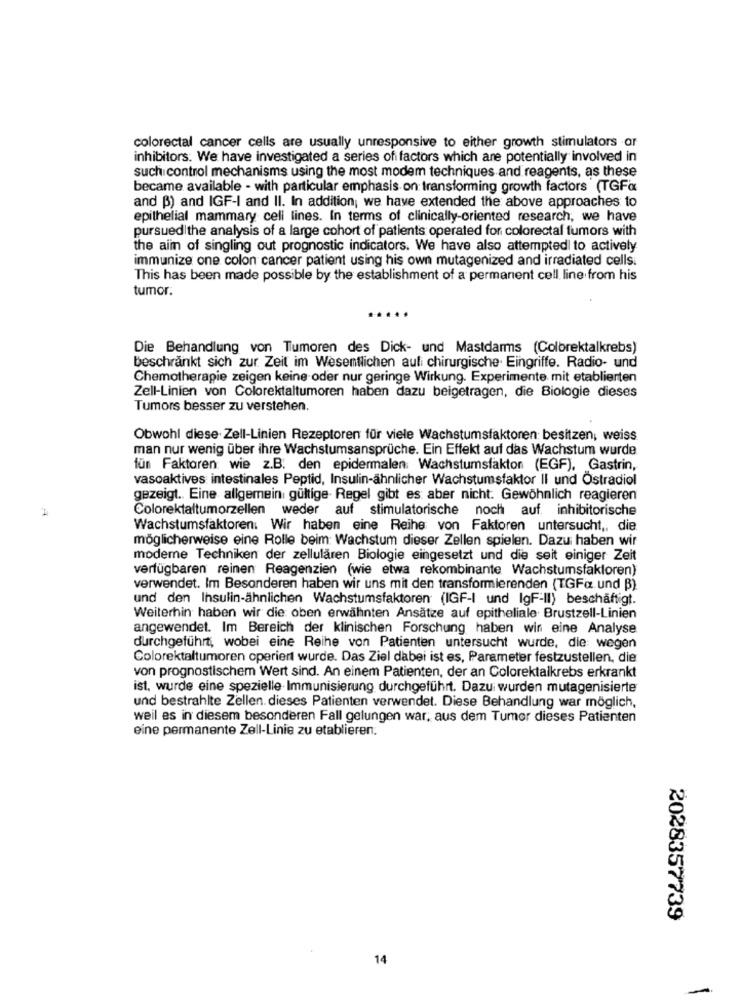
colorectal cancer cells are usually unresponsive to either growth stimulators or
inhibitors: We have investigated a series of factors which are potentially involved in
such control mechanisms using the most modem techniques and reagents, as these
became available - with particular emphasis on transforming growth factors (TGFa
and B) and IGF-I and II. In addition, we have extended the above approaches to
epithelial mammary cell lines. In terms of clinically-oriented research, we have
pursuedithe analysis of a large cohort of patients operated for colorectal tumors with
the aim of singling out prognostic indicators. We have also attempted to actively
immunize one colon cancer patient using his own mutagenized and irradiated cells:
This has been made possible by the establishment of a permanent cell line from his
tumor.
Die Behandlung von Tumoren des Dick- und Mastdarms (Colbrektalkrebs)
beschränkt sich zur Zeit im Wesentlichen auf: chirurgische. Eingriffe. Radio- und
Chemotherapie zeigen keine oder nur geringe Wirkung. Experimente mit etablierten
Zell-Linien von Colorektaltumoren haben dazu beigetragen, die Biologie dieses
Tumors besser zu verstehen.
Obwohl diese Zell-Linien Rezeptoren für viele Wachstumsfaktoren: besitzen, weiss
man nur wenig über ihre Wachstumsansprüche. Ein Effekt auf das Wachstum wurde
fun Faktoren wie z.B. den epidermalen: Wachstumsfaktor (EGF), Gastrin,
vasoaktives intestinales Peptid, Insulin-ähnlicher Wachstumsfaktor Il und Ostradiol
gezeigt .. Eine allgemein gültige- Regel gibt es aber nicht. Gewöhnlich reagieren
2
Colorektaltumorzellen weder auf stimulatorische noch auf inhibitorische
Wachstumsfaktoren. Wir haben eine Reihe von Faktoren untersucht ,, die
möglicherweise eine Rolle beim: Wachstum dieser Zellen spielen. Dazu haben wir
moderne Techniken der zellulären Biologie eingesetzt und die seit einiger Zeit
verfügbaren reinen Reagenzien (wie etwa rekombinante Wachstumsfaktoren)
verwendet. Im Besonderen haben wir uns mit den transformierenden (TGFax und B)
und den Insulin-ähnlichen Wachstumsfaktoren (IGF-I und IgF-II) beschäftigt.
Weiterhin haben wir die oben erwähnten Ansätze auf epitheliale Brustzell-Linien
angewendet. Im Bereich der klinischen Forschung haben wir eine Analyse
durchgeführt, wobei eine Reihe von Patienten untersucht wurde, die: wegen
Colorektaltumoren operiert wurde. Das Ziel dabei ist es, Parameter festzustellen, die
von prognostischem Wert sind. An einem Patienten, der an Colorektalkrebs erkrankt
ist, wurde eine spezielle Immunisierung durchgeführt. Dazu wurden mutagenisierte
und bestrahlte Zellen. dieses Patienten verwendet. Diese Behandlung war möglich,
weil es in diesem besonderen Fall gelungen war, aus dem Tumor dieses Patienten
eine permanente Zell-Linie zu etablieren.
2028357739
14
-